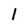
Character: 1